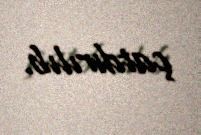
çatdırılıb.